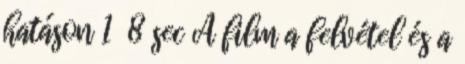
hatáson 1 8 sec A film a felvétel és a